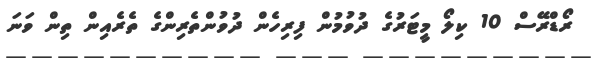
ރޯޑްރޭސް 10 ކިލޯ މީޓަރުގެ ދުވުމުން ފިރިހެން ދުވުންތެރިންގެ ތެރެއިން ތިން ވަނަ